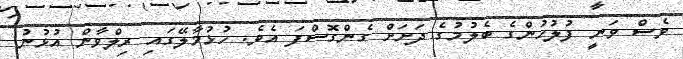
ވެސް ވަނީ ފުލުހުންގެ ބެލުމުގެ ދަށަށް ގެންގޮސްފަ އެވެ. ހުޅުމާލޭގައި ރިލްވާން އުޅުނު